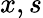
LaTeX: x,s